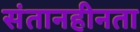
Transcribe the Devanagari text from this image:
संतानहीनता